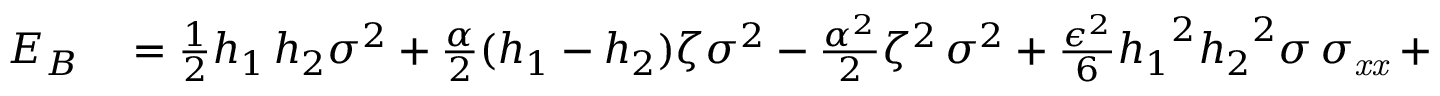
\begin{array} { r l } { { E } _ { B } } & { { } = \frac 1 2 { h _ { 1 } \, h _ { 2 } } { \sigma } ^ { 2 } + \frac { \alpha } { 2 } ( h _ { 1 } - h _ { 2 } ) \zeta { \sigma } ^ { 2 } - \frac { \alpha ^ { 2 } } 2 { \zeta } ^ { 2 } \, { \sigma } ^ { 2 } + \frac { \epsilon ^ { 2 } } 6 { h _ { 1 } } ^ { 2 } { h _ { { 2 } } } ^ { 2 } \sigma \, \sigma _ { { { \it x x } } } + \frac 1 2 { \zeta } ^ { 2 } \, } \end{array}